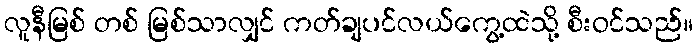
လူနီမြစ် တစ် မြစ်သာလျှင် ကတ်ချပင်လယ်ကွေ့ထဲသို့ စီးဝင်သည်။